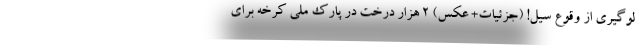
لوگیری از وقوع سیل! (جزئیات+ عکس) ۲ هزار درخت در پارک ملی کرخه برای